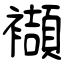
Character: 襭